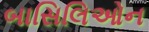
બાસિલિઓન